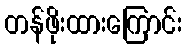
တန်ဖိုးထားကြောင်း